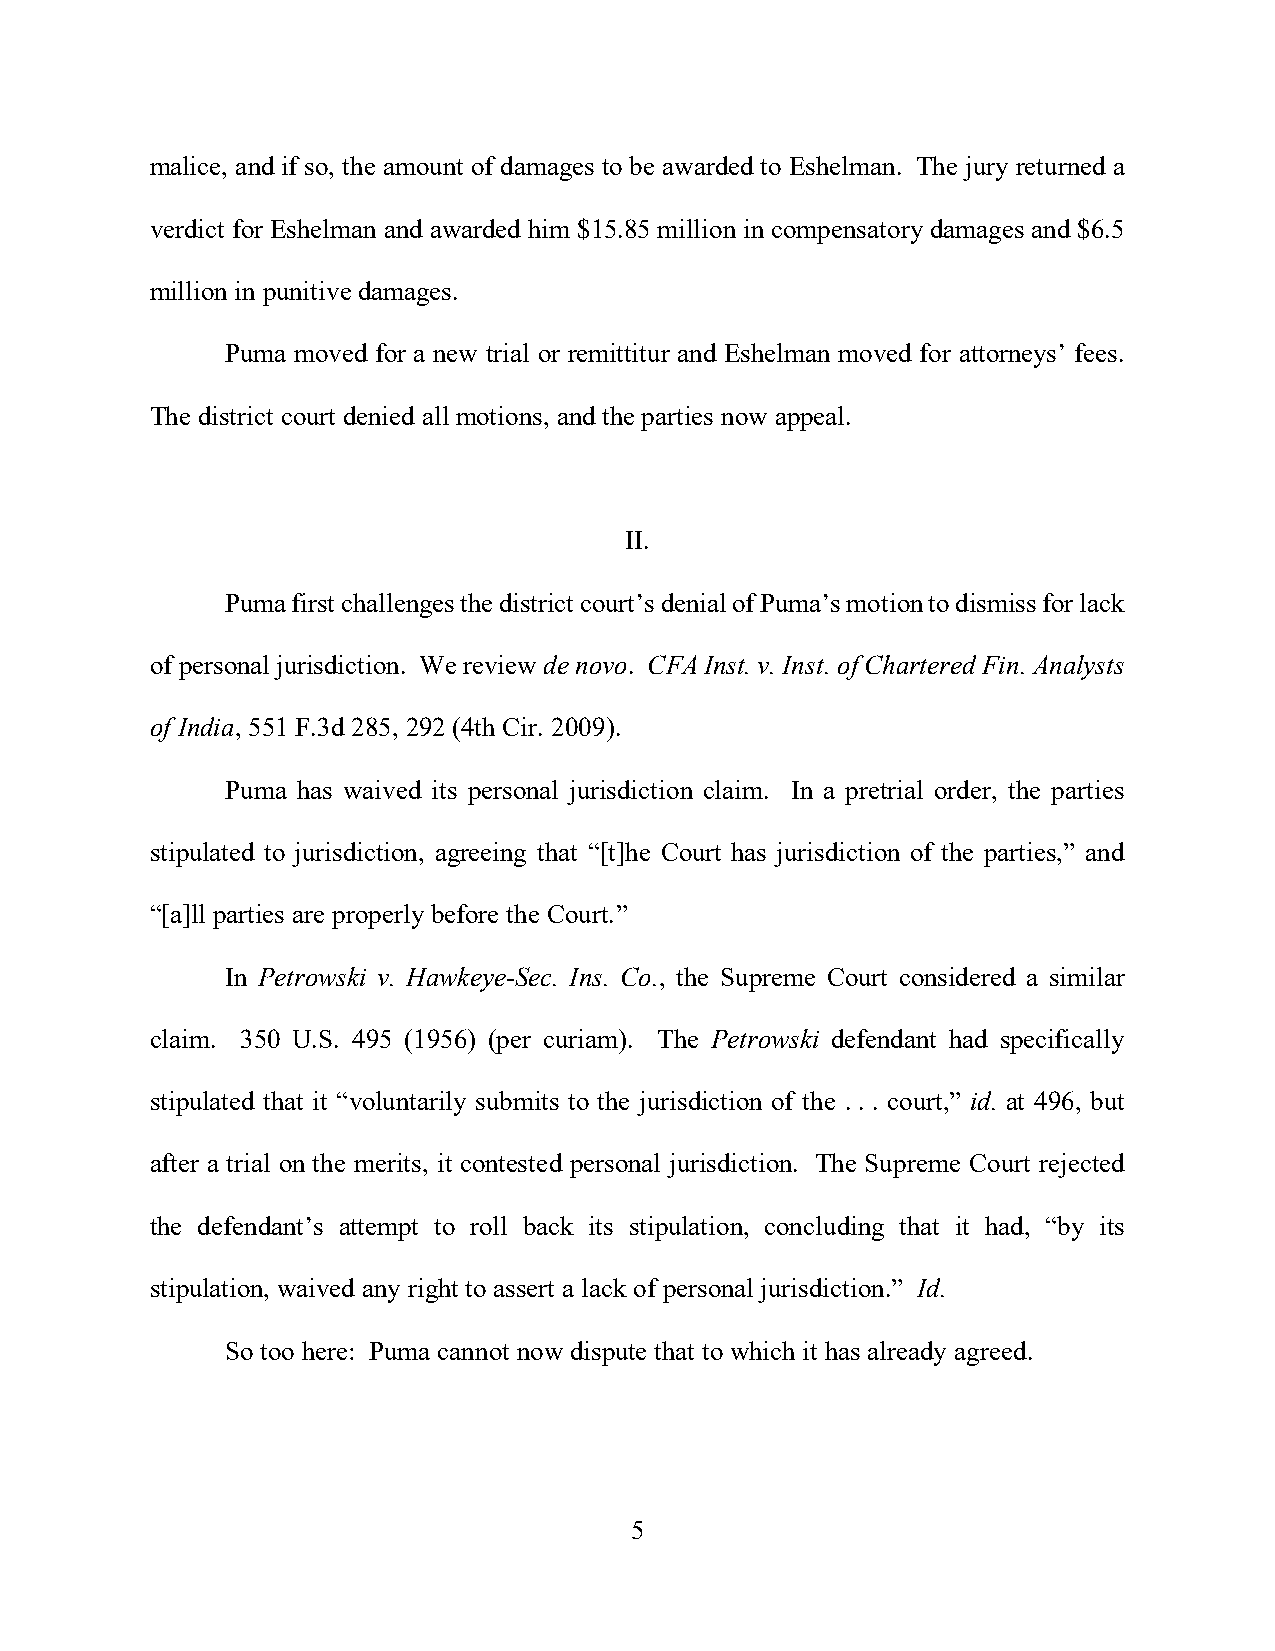
malice, and if so, the amount of damages to be awarded to Eshelman. The jury returned a
 verdict for Eshelman and awarded him $15.85 million in compensatory damages and $6.5
 million in punitive damages.
 Puma moved for a new trial or remittitur and Eshelman moved for attorneys’ fees.
 The district court denied all motions, and the parties now appeal.
 II.
 Puma first challenges the district court’s denial of Puma’s motion to dismiss for lack
 of personal jurisdiction. We review de novo. CFA Inst. v. Inst. of Chartered Fin. Analysts
 of India, 551 F.3d 285, 292 (4th Cir. 2009).
 Puma has waived its personal jurisdiction claim. In a pretrial order, the parties
 stipulated to jurisdiction, agreeing that “[t]he Court has jurisdiction of the parties,” and
 “[a]ll parties are properly before the Court.”
 In Petrowski v. Hawkeye-Sec. Ins. Co., the Supreme Court considered a similar
 claim. 350 U.S. 495 (1956) (per curiam). The Petrowski defendant had specifically
 stipulated that it “voluntarily submits to the jurisdiction of the . . . court,” id. at 496, but
 after a trial on the merits, it contested personal jurisdiction. The Supreme Court rejected
 the defendant’s attempt to roll back its stipulation, concluding that it had, “by its
 stipulation, waived any right to assert a lack of personal jurisdiction.” Id.
 So too here: Puma cannot now dispute that to which it has already agreed.
 5